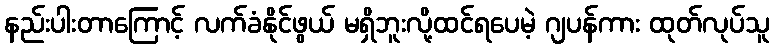
နည်းပါးတာကြောင့် လက်ခံနိုင်ဖွယ် မရှိဘူးလို့ထင်ရပေမဲ့ ဂျပန်ကား ထုတ်လုပ်သူ